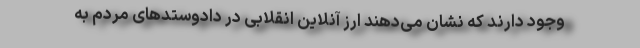
وجود دارند که نشان می‌دهند ارز آنلاین انقلابی در دادوستدهای مردم به